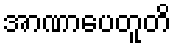
အာဏာပေတူတိ